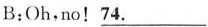
B:Oh,no!_74.___